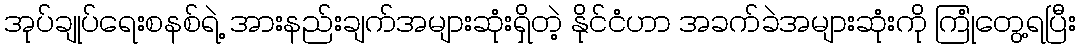
အုပ်ချုပ်ရေးစနစ်ရဲ့ အားနည်းချက်အများဆုံးရှိတဲ့ နိုင်ငံဟာ အခက်ခဲအများဆုံးကို ကြုံတွေ့ရပြီး